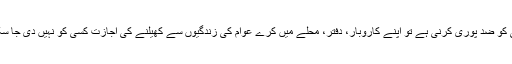
کسی کو ضد پوری کرنی ہے تو اپنے کاروبار، دفتر، محلے میں کرے عوام کی زندگیوں سے کھیلنے کی اجازت کسی کو نہیں دی جا سکتی۔